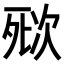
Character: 𣣌